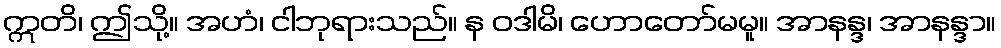
ဣတိ၊ ဤသို့။ အဟံ၊ ငါဘုရားသည်။ န ဝဒါမိ၊ ဟောတော်မမူ။ အာနန္ဒ၊ အာနန္ဒာ။